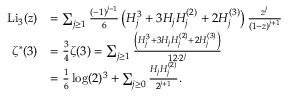
{ \begin{array} { r l } { { \mathrm { L i } } _ { 3 } ( z ) } & { = \sum _ { j \geq 1 } { \frac { ( - 1 ) ^ { j - 1 } } { 6 } } \left( H _ { j } ^ { 3 } + 3 H _ { j } H _ { j } ^ { ( 2 ) } + 2 H _ { j } ^ { ( 3 ) } \right) { \frac { z ^ { j } } { ( 1 - z ) ^ { j + 1 } } } } \\ { \zeta ^ { \ast } ( 3 ) } & { = { \frac { 3 } { 4 } } \zeta ( 3 ) = \sum _ { j \geq 1 } { \frac { \left( H _ { j } ^ { 3 } + 3 H _ { j } H _ { j } ^ { ( 2 ) } + 2 H _ { j } ^ { ( 3 ) } \right) } { 1 2 \cdot 2 ^ { j } } } } \\ & { = { \frac { 1 } { 6 } } \log ( 2 ) ^ { 3 } + \sum _ { j \geq 0 } { \frac { H _ { j } H _ { j } ^ { ( 2 ) } } { 2 ^ { j + 1 } } } . } \end{array} }